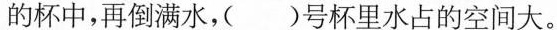
的杯中，再倒满水，( )号杯里水占的空间大。